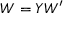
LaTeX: W = Y W ^ { \prime }